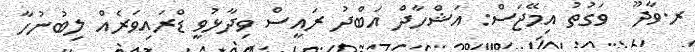
ރ.ވާދޫ  ވަގުތު އިމޭޖަސް: އަޝްހާދް އަބްދު ރައީސް ވިދާޅުވީ ޑްރައިވަރެއް ލިބުނުހާ